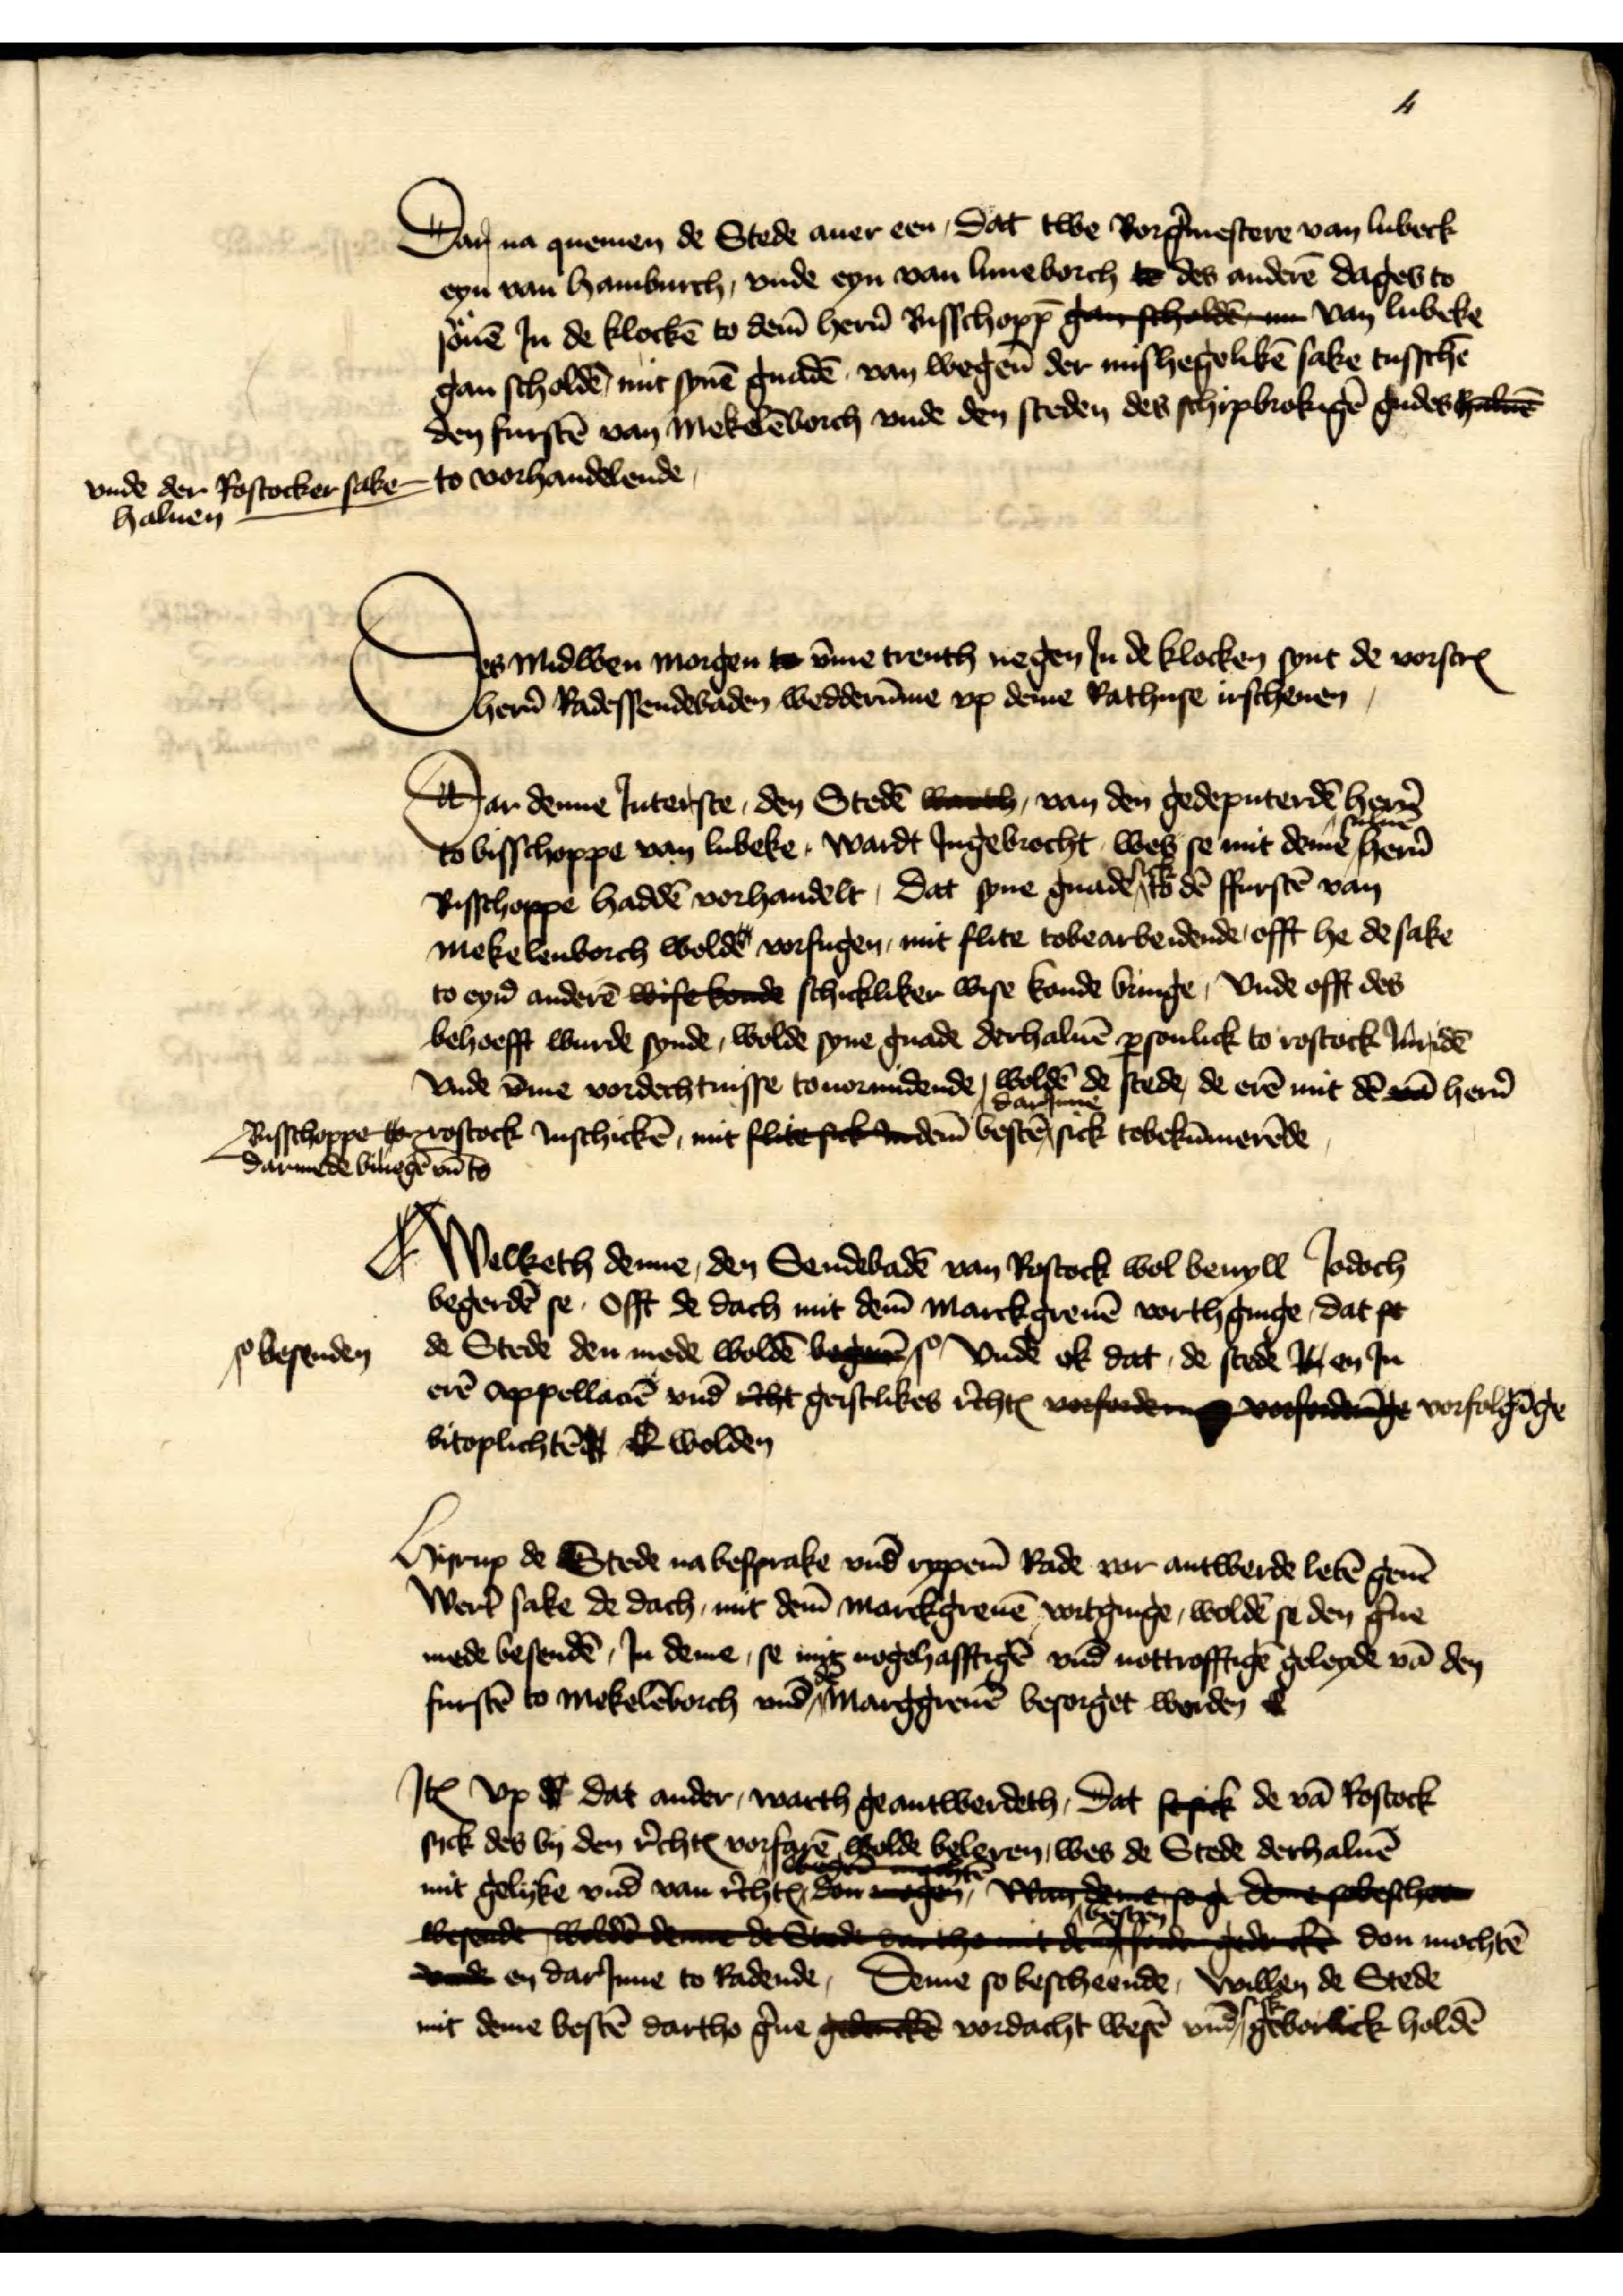
4

Dar na quemen de Stede auer een, Dat twe Borg̉mestere van Lubeck
eyn van Hamburch, vnde eyn van Luneborch to des anderē dages to
souē Jn de klockē to dem̄ her̉n Bisschopp̄ ga scholde m van Lubeke
gan scholdē, mit synē gnadē van wegen̄ der mishegelikē sake tusschē
den furstē van Mekelēborch vnde den steden des schipbrokigē gudes haluen
vnde der Rostocker sake
haluen
to vorhandelende,

Des midwen morgen to v̄me trenth negen Jn de klocken synt de vorscrꝬ
her̉n Radessendebaden wedderūme vp deme Rathuse irschenen

Dar denne Jnterste, den Stedē warth, van den gedeputerdē her̉n 
to bisschoppe van Lubeke, Wardt Jngebrocht wes se mit deme suluē her̉n
Bisschoppe haddē, vorhandelt, Dat syne gnade sick dē ffurstē van
Mekelenborch wolde vorfugen, mit flite tobearbeidende, offt he de sake
to eyn̉ anderē wrse korde schickliker wise konde bringe, vnde offt des
behoefft wurde synde, wolde syne gnade derhaluē ꝑsonlick to Rostock Jnndē
vnde v̄me vordechtnisse touorendende, woldē de steden, de eren mit den van her̉n 
Bisschoppe 
darmede bilegē vn̄ to
to Rostock Jnschickē, mit flesi en dem̄ besten darJnne sick tobekūmerēde

Welketh denne, den Sendebadē van Rostock wol bewyll Jodoch
begerdē se, offt de dach mit dem̄ Marckgreuē vorthginge, dat fe
de Stede den mede woldē
besenden
Vnde ok dat de stede V en Jn
erē Appellarē vnd rcht gerstlikes r̉chte voraoftdne vorfolgīge
bitoplichtē offt ok wolden

Hyrup de Stede na besprake vnd ryppem̄ Rade vor antwerde letē geuē
Wer̉t sake de dach, mit dem̄ Marckgreuē vortginge, woldē se den g̉ne
mede besendē, Jn deme, se mit nogehafftigē vnd nottrofftigē geleyde vā den
furstē to Mekelēborch vnd de Marggreuē besorget worden etc

Jꝷ vp de dat ander warth geantwerdeth, Dat sesick de vā Rostock
sick des by den r̉chte vorfarē wolde beleren, wes de Stede derhaluē
mit gelyke vnd van r̉chtꝬ den mogen, wade s beshe
wesende wolden denne de Stede darthe mit den sondern gedenkcne don mochtē
dod en darJnne to Radende, Deme so bescheende, willen de Stede
mit deme bestē dartho g̉ne gek vordacht wesē vnd sick geborlick holdē